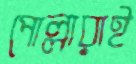
পোল্লারাই